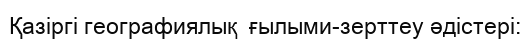
Қазіргі географиялық  ғылыми-зерттеу әдістері: